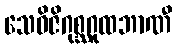
သေဝိဇိဂုစ္ဆဂူထဘာဏီ